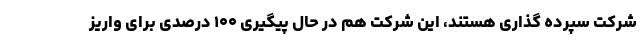
شرکت سپرده گذاری هستند، این شرکت هم در حال پیگیری ۱۰۰ درصدی برای واریز